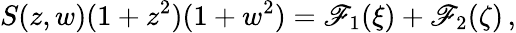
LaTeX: S(z,w)(1+z^{2})(1+w^{2})=\mathscr{F}_{1}(\xi)+\mathscr{F}_{2}(\zeta)\, ,